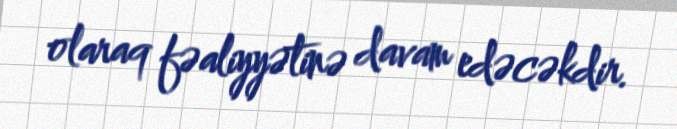
olaraq fəaliyyətinə davam edəcəkdir.